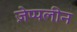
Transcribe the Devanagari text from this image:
ज़ेप्पलीन